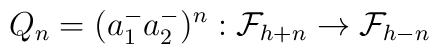
Q_n=(a^-_1 a^-_2)^n:{\cal F}_{h+n}\rightarrow {\cal F}_{h-n}